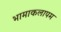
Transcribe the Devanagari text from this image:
भामाकलापम